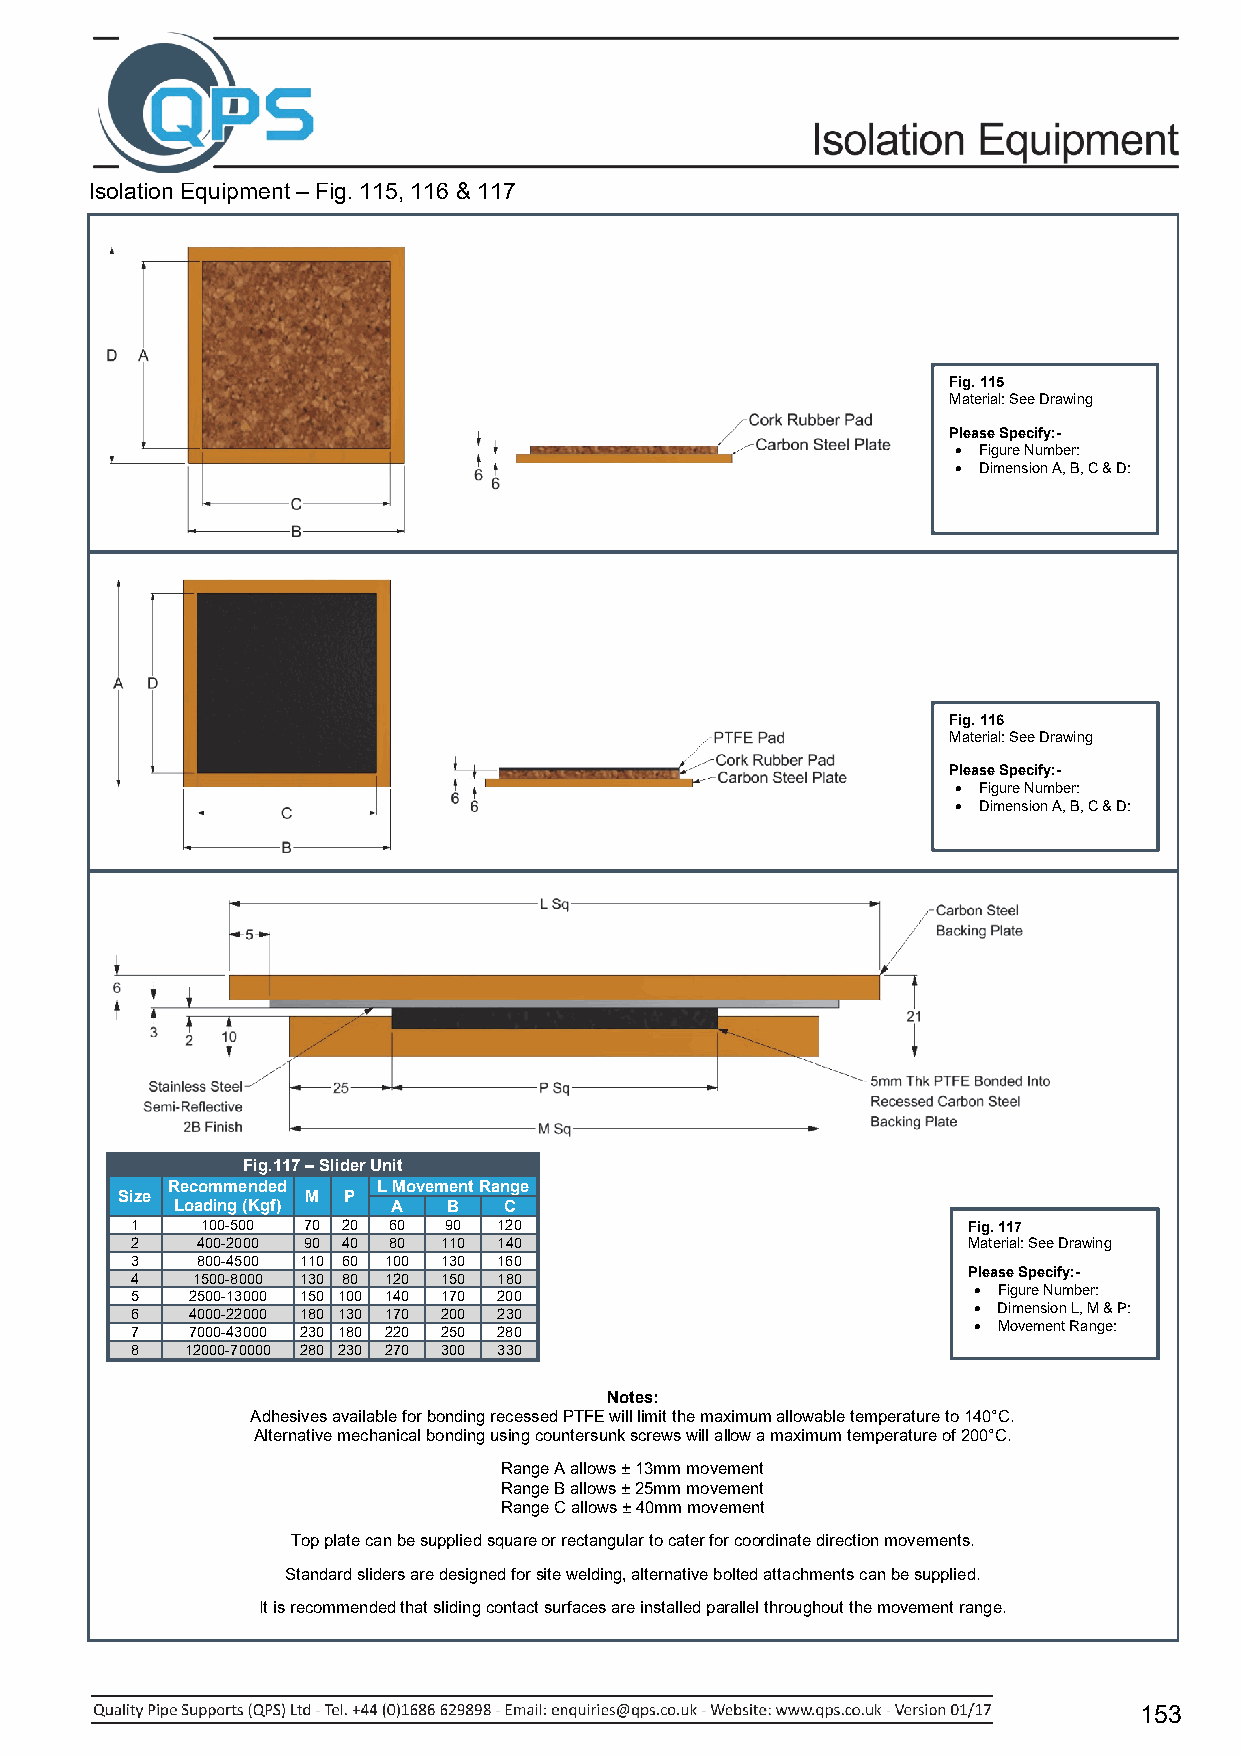
Isolation Equipment – Fig. 115, 116 & 117
 Fig. 115
 Material: See Drawing
 Please Specify:-
  Figure Number:
  Dimension A, B, C & D:
 Fig. 116
 Material: See Drawing
 Please Specify:-
  Figure Number:
  Dimension A, B, C & D:
 Fig.117 – Slider Unit
 Recommended   L Movement Range
 Size        M  P
 Loading (Kgf)  A   B  C
 1   100-500 70 20 60 90 120                            Fig. 117
 2   400-2000 90 40 80 110 140                          Material: See Drawing
 3   800-4500 110 60 100 130 160
 Please Specify:-
 4   1500-8000 130 80 120 150 180
  Figure Number:
 5  2500-13000 150 100 140 170 200
  Dimension L, M & P:
 6  4000-22000 180 130 170 200 230
  Movement Range:
 7  7000-43000 230 180 220 250 280
 8  12000-70000 280 230 270 300 330
 Notes:
 Adhesives available for bonding recessed PTFE will limit the maximum allowable temperature to 140°C.
 Alternative mechanical bonding using countersunk screws will allow a maximum temperature of 200°C.
 Range A allows ± 13mm movement
 Range B allows ± 25mm movement
 Range C allows ± 40mm movement
 Top plate can be supplied square or rectangular to cater for coordinate direction movements.
 Standard sliders are designed for site welding, alternative bolted attachments can be supplied.
 It is recommended that sliding contact surfaces are installed parallel throughout the movement range.
 153